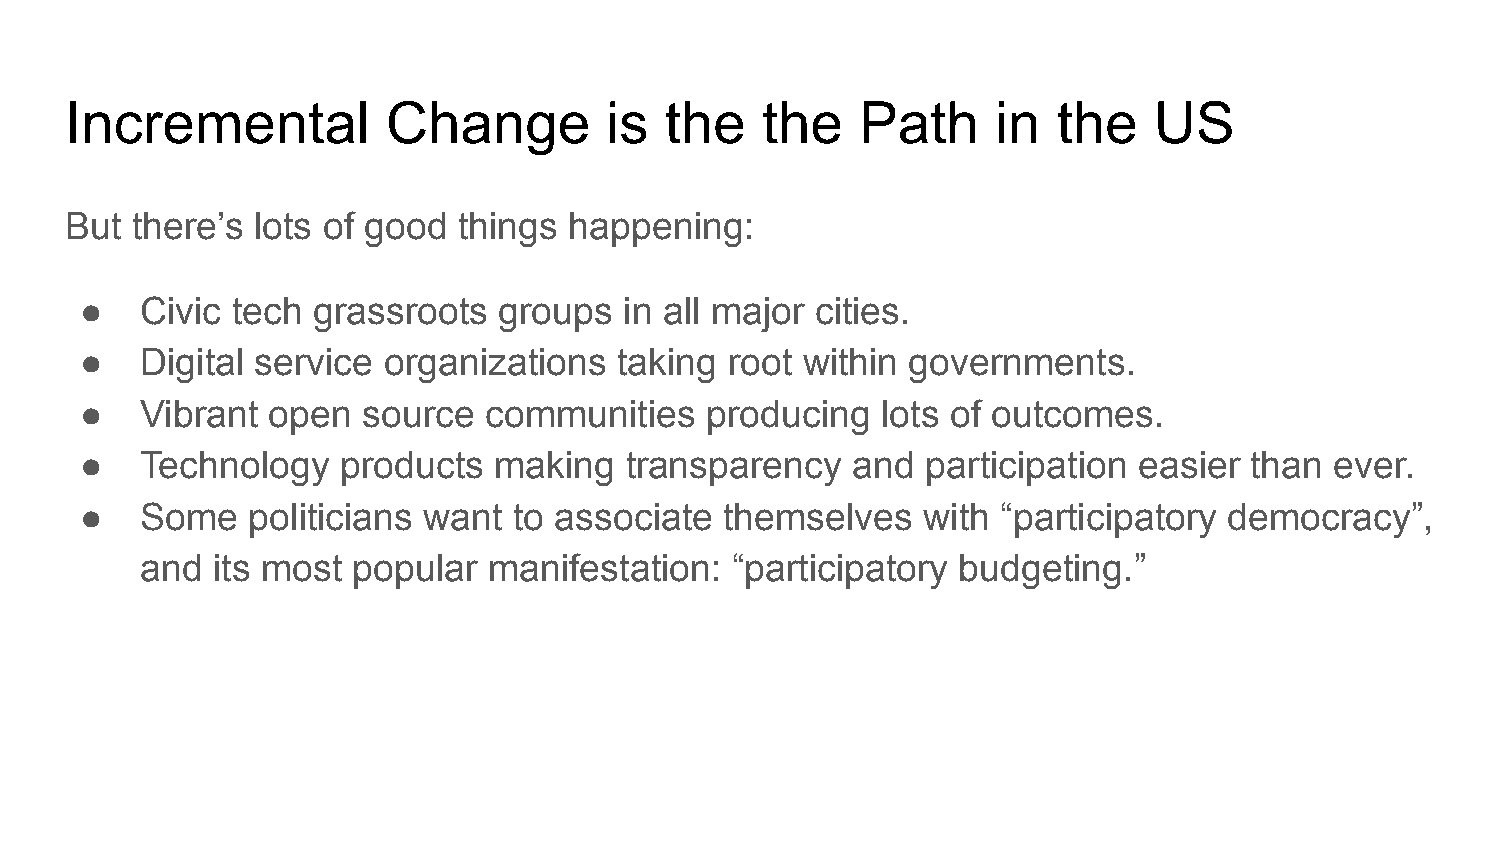
Incremental           Change        is  the   the    Path     in  the   US
 But  there’s lots of good things  happening:
 ●   Civic tech  grassroots  groups  in all major cities.
 ●   Digital service organizations   taking root within governments.
 ●   Vibrant  open  source  communities    producing  lots of outcomes.
 ●   Technology    products  making  transparency   and  participation easier  than ever.
 ●   Some   politicians want  to associate  themselves   with “participatory democracy”,
 and  its most popular  manifestation:  “participatory budgeting.”